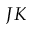
J K